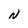
Character: N